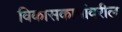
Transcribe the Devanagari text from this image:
विकासकामांवरील